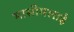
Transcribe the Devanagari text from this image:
मासीमलाई